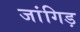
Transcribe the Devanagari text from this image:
जांगिड़